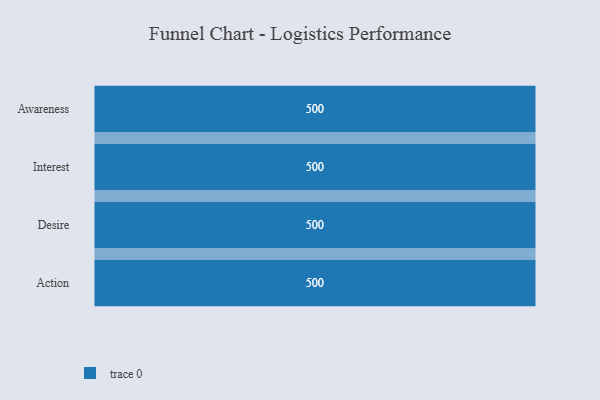
{"axis": {"x": "Stage", "y": "Value"}, "legend": [""], "data": [{"x": "Awareness", "y": 500, "type": ""}, {"x": "Interest", "y": 500, "type": ""}, {"x": "Desire", "y": 500, "type": ""}, {"x": "Action", "y": 500, "type": ""}]}